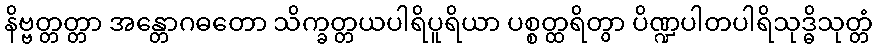
နိဗ္ဗတ္တတ္တာ အန္တောဂဓတော သိက္ခတ္တယပါရိပူရိယာ ပစ္စတ္ထရိတွာ ပိဏ္ဍပါတပါရိသုဒ္ဓိသုတ္တံ